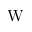
\mathrm { W }